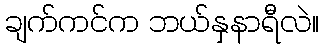
ချက်ကင်က ဘယ်နှနာရီလဲ။